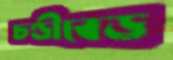
চণ্ডীবেড়